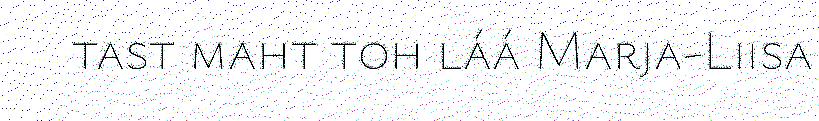
tast maht toh láá Marja-Liisa